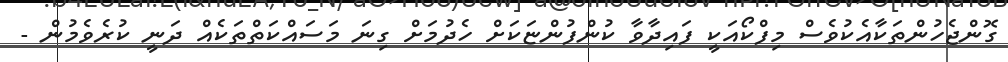
ގޮންޖެހުންތަކާއެކުވެސް މިފްކޯއަކީ ފައިދާވާ ކުންފުންޏަކަށް ހެދުމަށް ގިނަ މަސައްކަތްތަކެއް ދަނީ ކުރެވެމުން -